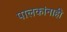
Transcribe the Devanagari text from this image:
पालकांनाही